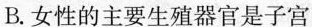
B.女性的主要生殖器官是子宫